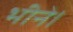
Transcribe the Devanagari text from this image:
भीने।